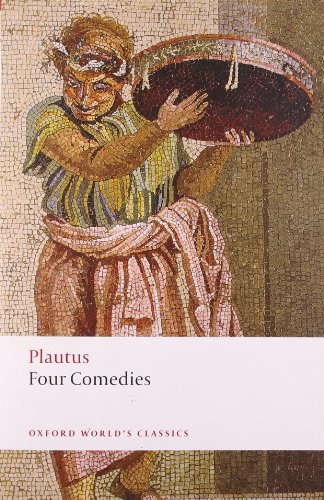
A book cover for Four Comedies: The Braggart Soldier; The Brothers Menaechmus; The Haunted House; The Pot of Gold (Oxford World's Classics); Plautus; Literature & Fiction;